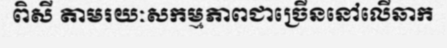
ពិសី តាមរយៈសកម្មភាពជាច្រើននៅលើឆាក